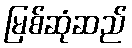
မြစ်ဆုံဆည်